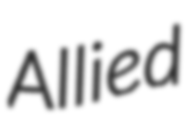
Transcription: Allied